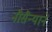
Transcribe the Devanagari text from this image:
नौसैन्याने